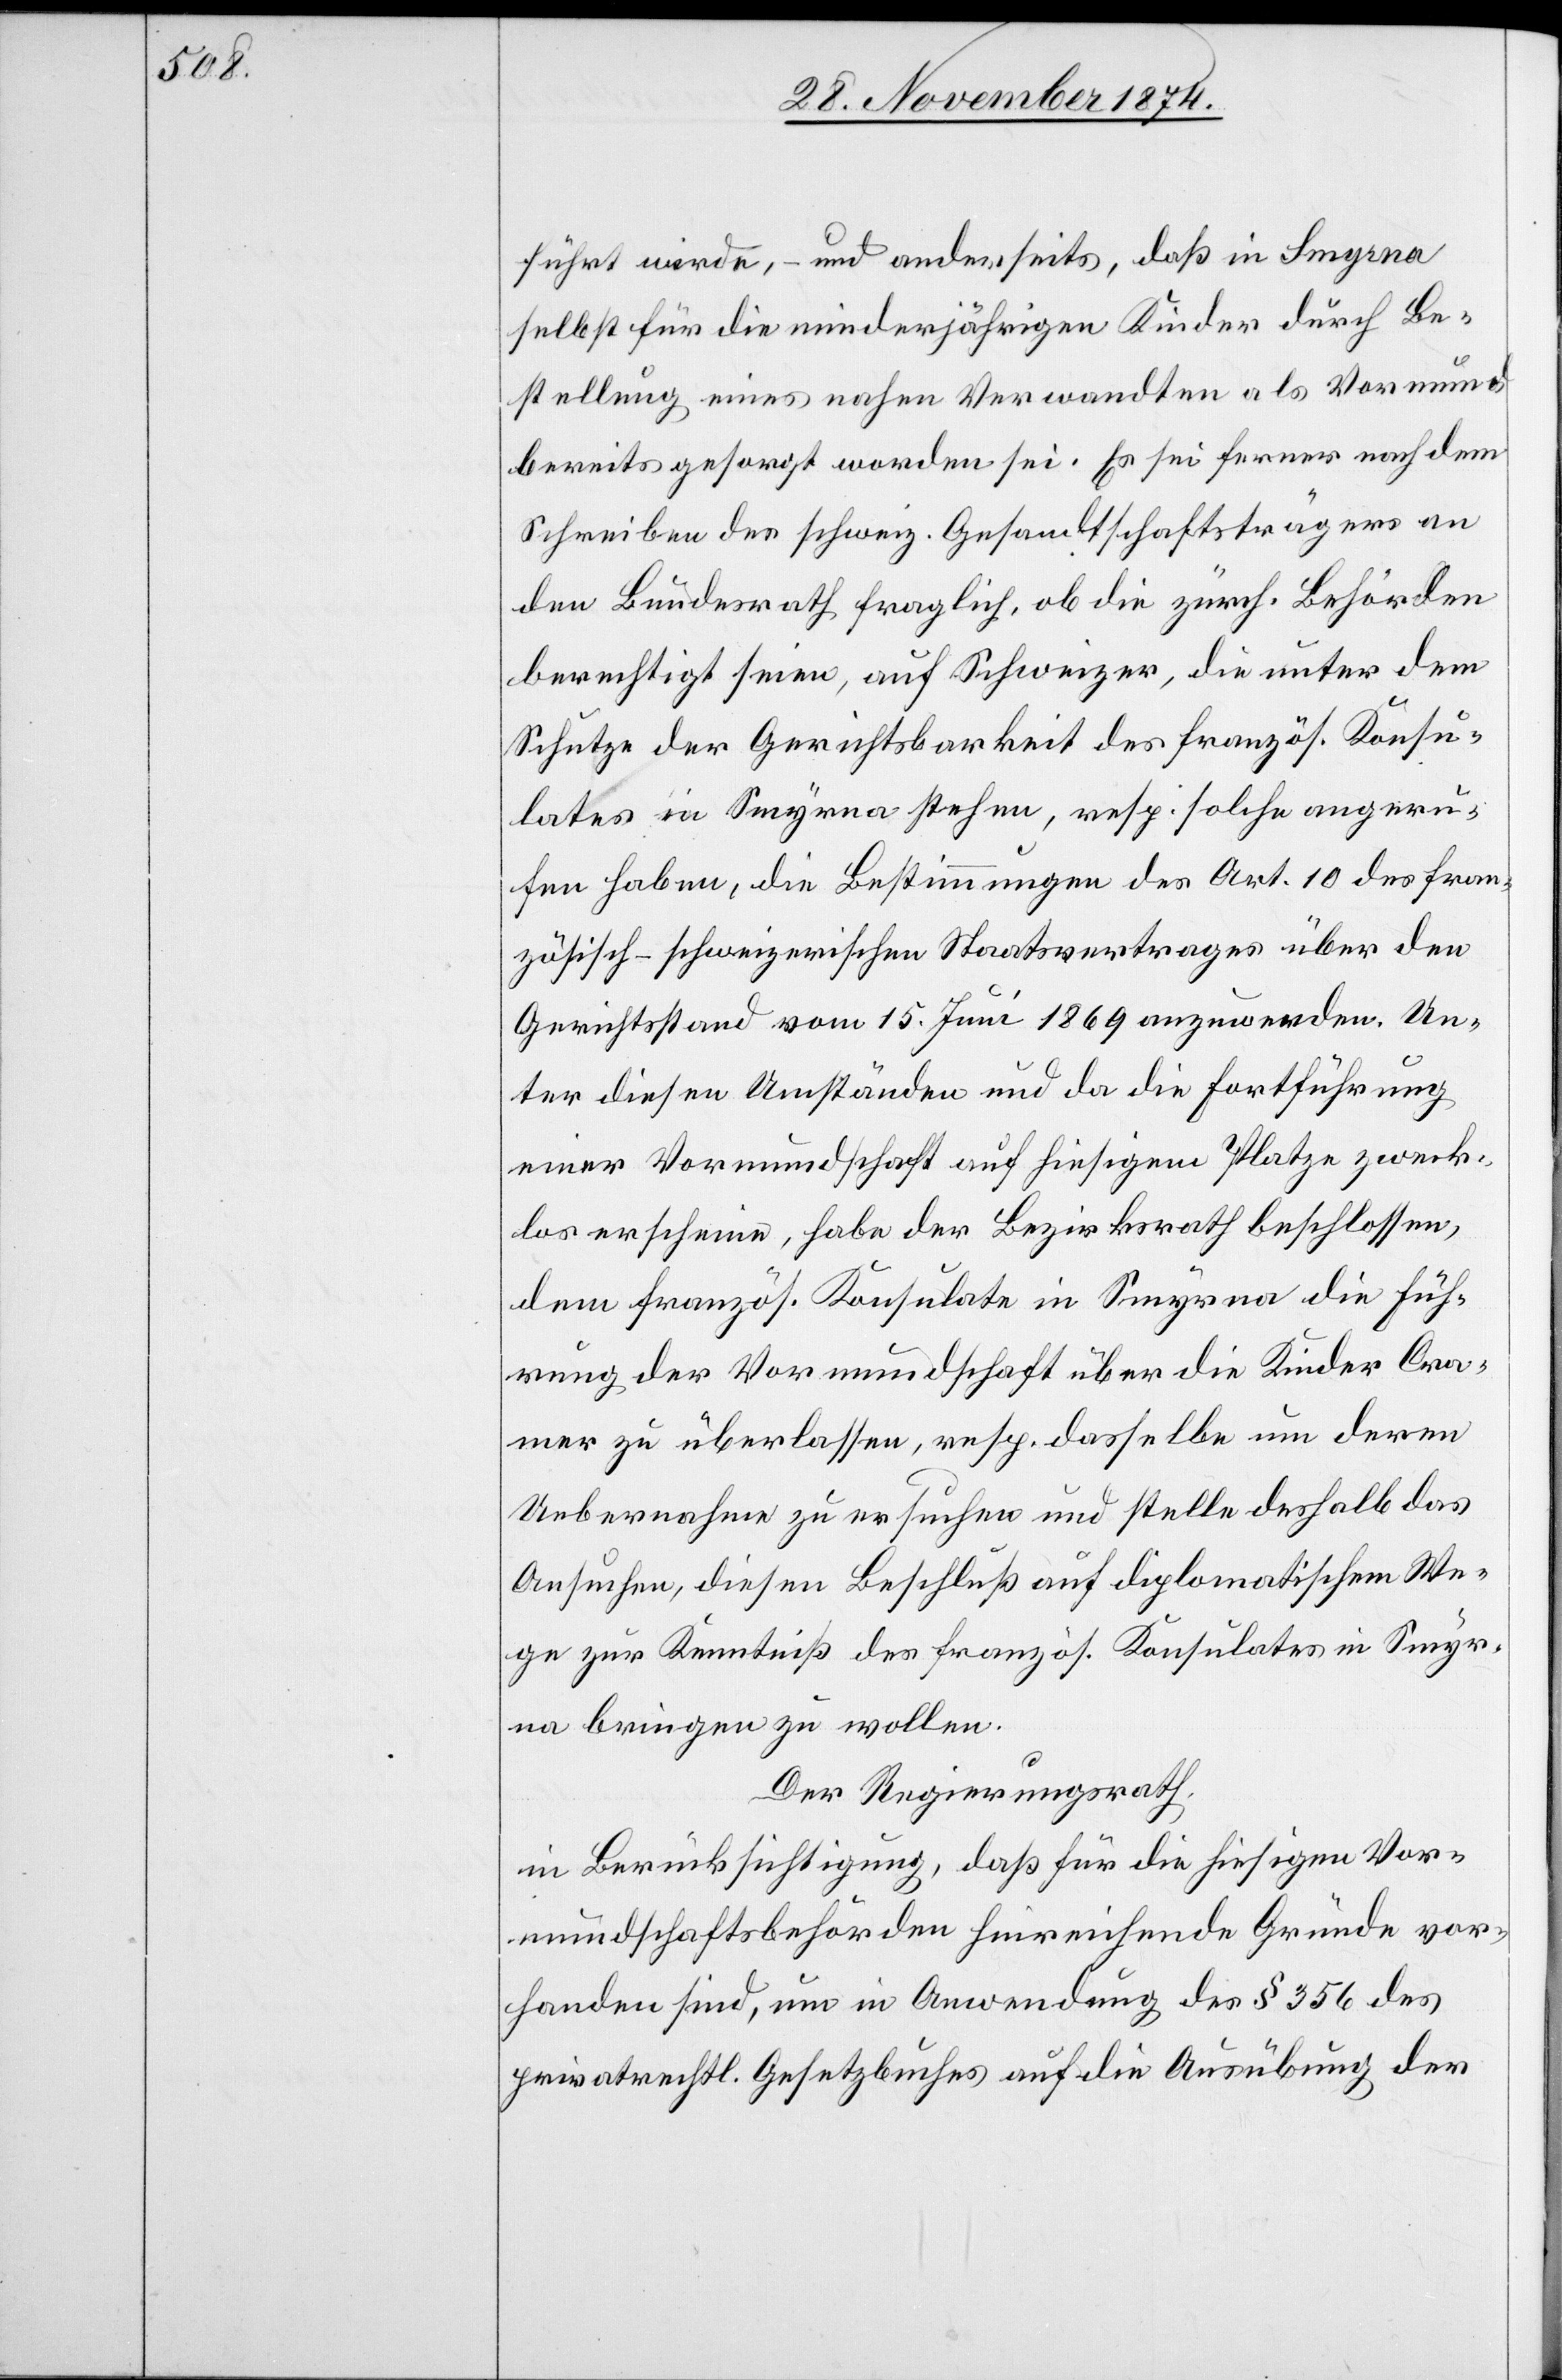
führt werde, – und anderseits, daß in Smyrna
selbst für die minderjährigen Kinder durch Be¬
stellung eines nahen Verwandten als Vormund
bereits gesorgt worden sei. Es wie ferner nach dem
Schreiben des schweiz. Gesandtschaftsträgers an
den Bundesrath fraglich, ob die zürch. Behörden
berechtigt seien, auf Schweizer, die unter dem
Schutze der Gerichtsbarkeit des französ. Konsu¬
lates in Smyrna stehen, resp. solche angeru¬
fen haben, die Bestimmungen des Art. 10 des fran¬
zösisch-schweizerischen Staatsvertrages über den
Gerichtsstand vom 15. Juni 1869 anzuwenden. Un¬
ter diesen Umständen und da die Fortführung
einer Vormundschaft auf hiesigem Platze zweck¬
los erscheine, habe der Bezirksrath beschlossen,
dem französ. Konsulate in Smyrna die Füh¬
rung der Vormundschaft über die Kinder Cra¬
mer zu überlassen, resp. dasselbe um deren
Uebernahme zu ersuchen und stelle deshalb das
Ansuchen, diesen Beschluß auf diplomatischem We¬
ge zur Kenntniß des französ. Konsulates in Smyr¬
na bringen zu wollen.
Der Regierungsrath,
in Berücksichtigung, daß für die hiesigen Vor¬
mundschaftsbehörden hinreichende Gründe vor¬
handen sind, um in Anwendung des § 356 des
privatrechtl. Gesetzbuches auf die Ausübung der